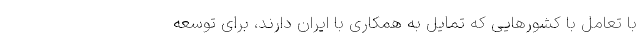
با تعامل با کشورهایی که تمایل به همکاری با ایران دارند، برای توسعه